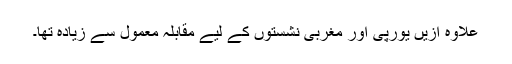
علاوہ ازیں یورپی اور مغربی نشستوں کے لیے مقابلہ معمول سے زیادہ تھا۔